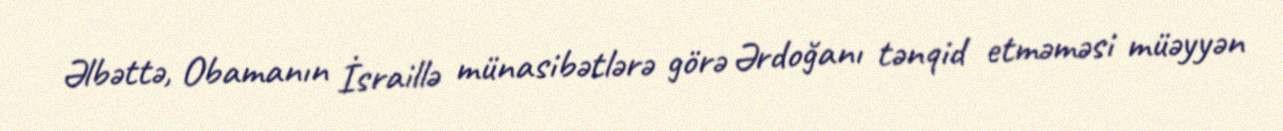
Əlbəttə, Obamanın İsraillə münasibətlərə görə Ərdoğanı tənqid etməməsi müəyyən